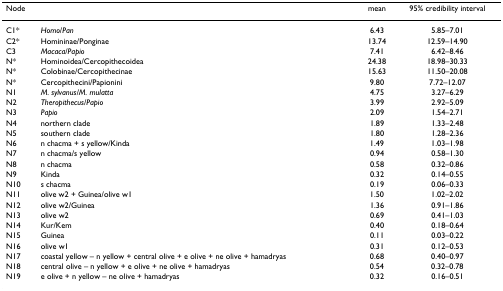
<table><thead><tr><td><b>Node</b></td><td>[EMPTY_CELL]</td><td><b>mean</b></td><td><b>95% credibility interval</b></td></tr></thead><tbody><tr><td>C1*</td><td><i>Homo</i>/<i>Pan</i></td><td>6.43</td><td>5.85–7.01</td></tr><tr><td>C2*</td><td>Homininae/Ponginae</td><td>13.74</td><td>12.59–14.90</td></tr><tr><td>C3</td><td><i>Macaca</i>/<i>Papio</i></td><td>7.41</td><td>6.42–8.46</td></tr><tr><td>N*</td><td>Hominoidea/Cercopithecoidea</td><td>24.38</td><td>18.98–30.33</td></tr><tr><td>N*</td><td>Colobinae/Cercopithecinae</td><td>15.63</td><td>11.50–20.08</td></tr><tr><td>N*</td><td>Cercopithecini/Papionini</td><td>9.80</td><td>7.72–12.07</td></tr><tr><td>N1</td><td><i>M. sylvanus/M. mulatta</i></td><td>4.75</td><td>3.27–6.29</td></tr><tr><td>N2</td><td><i>Theropithecus</i>/<i>Papio</i></td><td>3.99</td><td>2.92–5.09</td></tr><tr><td>N3</td><td><i>Papio</i></td><td>2.09</td><td>1.54–2.71</td></tr><tr><td>N4</td><td>northern clade</td><td>1.89</td><td>1.33–2.48</td></tr><tr><td>N5</td><td>southern clade</td><td>1.80</td><td>1.28–2.36</td></tr><tr><td>N6</td><td>n chacma + s yellow/Kinda</td><td>1.49</td><td>1.03–1.98</td></tr><tr><td>N7</td><td>n chacma/s yellow</td><td>0.94</td><td>0.58–1.30</td></tr><tr><td>N8</td><td>n chacma</td><td>0.58</td><td>0.32–0.86</td></tr><tr><td>N9</td><td>Kinda</td><td>0.32</td><td>0.14–0.55</td></tr><tr><td>N10</td><td>s chacma</td><td>0.19</td><td>0.06–0.33</td></tr><tr><td>N11</td><td>olive w2 + Guinea/olive w1</td><td>1.50</td><td>1.02–2.02</td></tr><tr><td>N12</td><td>olive w2/Guinea</td><td>1.36</td><td>0.91–1.86</td></tr><tr><td>N13</td><td>olive w2</td><td>0.69</td><td>0.41–1.03</td></tr><tr><td>N14</td><td>Kur/Kem</td><td>0.40</td><td>0.18–0.64</td></tr><tr><td>N15</td><td>Guinea</td><td>0.11</td><td>0.03–0.22</td></tr><tr><td>N16</td><td>olive w1</td><td>0.31</td><td>0.12–0.53</td></tr><tr><td>N17</td><td>coastal yellow – n yellow + central olive + e olive + ne olive + hamadryas</td><td>0.68</td><td>0.40–0.97</td></tr><tr><td>N18</td><td>central olive – n yellow + e olive + ne olive + hamadryas</td><td>0.54</td><td>0.32–0.78</td></tr><tr><td>N19</td><td>e olive + n yellow – ne olive + hamadryas</td><td>0.32</td><td>0.16–0.51</td></tr></tbody></table>